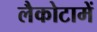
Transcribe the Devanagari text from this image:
लैकोटामें